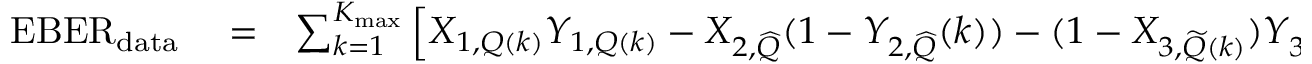
\begin{array} { r l r } { \mathrm { E B E R } _ { \mathrm { d a t a } } } & { { } = } & { \sum _ { k = 1 } ^ { K _ { \mathrm { m a x } } } \left[ X _ { 1 , Q ( k ) } Y _ { 1 , Q ( k ) } - X _ { 2 , { \widehat Q } } ( 1 - Y _ { 2 , { \widehat Q } } ( k ) ) - ( 1 - X _ { 3 , { \widetilde Q } ( k ) } ) Y _ { 3 , { \widehat Q } ( k ) } - X _ { 4 , Q ^ { \prime } ( k ) } Y _ { 4 , Q ^ { \prime } ( k ) } \right] } \end{array}